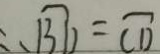
\therefore \widehat { B D } = \widehat { C D }